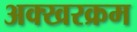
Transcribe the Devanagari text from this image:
अक्खरक्रम